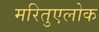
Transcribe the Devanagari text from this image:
मरितुएलोक